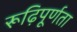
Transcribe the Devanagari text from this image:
रूढ़िपूर्णता